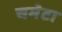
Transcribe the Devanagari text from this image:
चमेटा